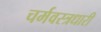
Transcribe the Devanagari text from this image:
चर्मवस्त्रधारी